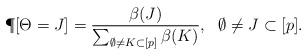
\begin{align*}\P[\Theta = J] = \frac{\beta(J)}{\sum_{\emptyset \neq K \subset [p]} \beta(K)},\ \ \emptyset\not=J\subset[p].\end{align*}